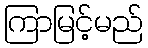
ကြာမြင့်မည်